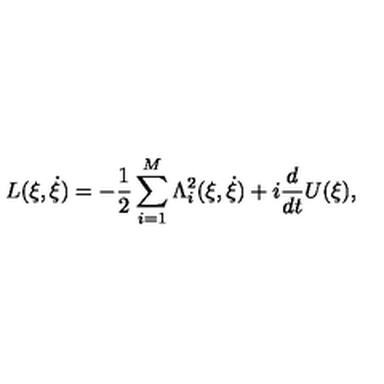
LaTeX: L ( \xi , \dot { \xi } ) = - \frac { 1 } { 2 } \sum _ { i = 1 } ^ { M } \Lambda _ { i } ^ { 2 } ( \xi , \dot { \xi } ) + i \frac { d } { d t } U ( \xi ) ,